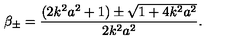
\beta _ { \pm } = \frac { ( 2 k ^ { 2 } a ^ { 2 } + 1 ) \pm \sqrt { 1 + 4 k ^ { 2 } a ^ { 2 } } } { 2 k ^ { 2 } a ^ { 2 } } .